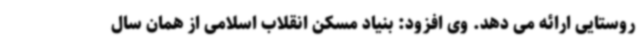
روستایی ارائه می دهد. وی افزود: بنیاد مسکن انقلاب اسلامی از همان سال